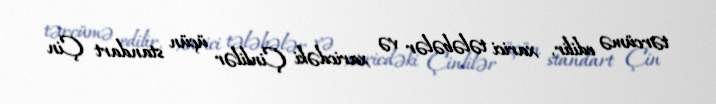
tərcümə edilir, xarici tələbələr və xaricdəki Çinlilər üçün standart Çin